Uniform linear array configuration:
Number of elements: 64
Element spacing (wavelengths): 0.25
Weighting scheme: hann
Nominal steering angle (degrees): -60
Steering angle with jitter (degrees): -60.433
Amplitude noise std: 0.05
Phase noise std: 0.05

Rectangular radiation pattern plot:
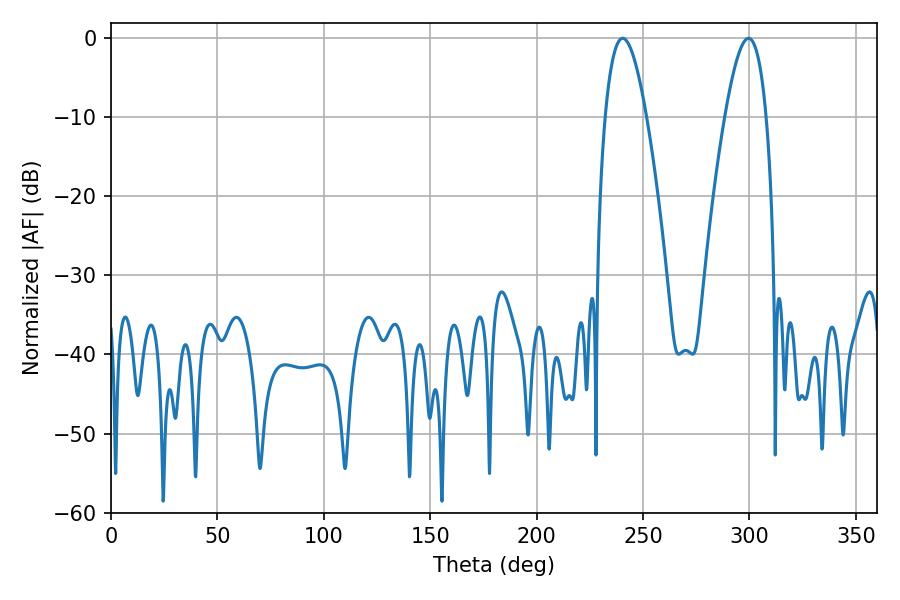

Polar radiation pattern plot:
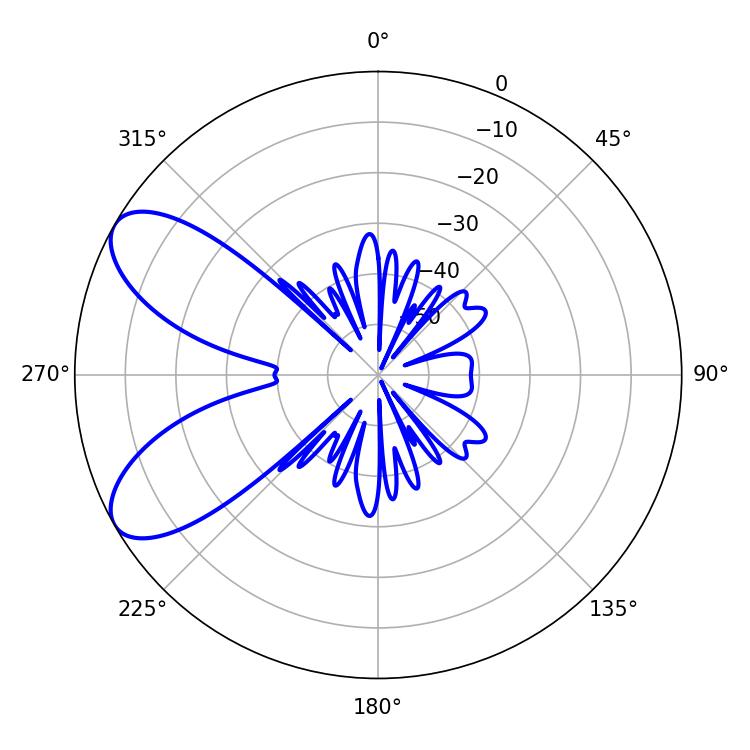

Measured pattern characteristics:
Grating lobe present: FALSE
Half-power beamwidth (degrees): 10.62
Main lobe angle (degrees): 240.48